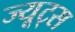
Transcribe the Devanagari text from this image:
ज्यूट्स